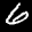
Label: 6